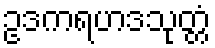
ဥဒကရဟဒသုတ္တံ